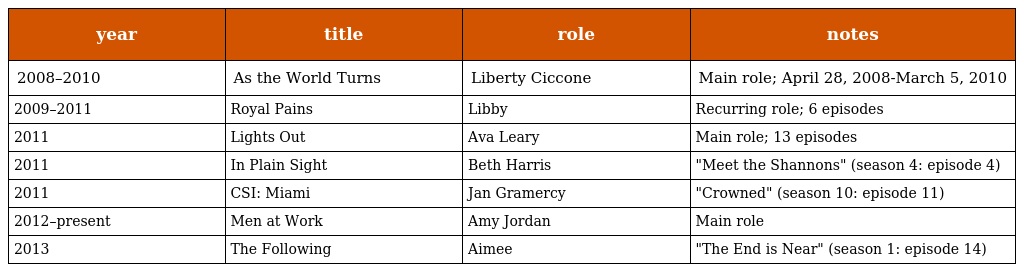
| year | title | role | notes |
 | --- | --- | --- | --- |
 | 2008–2010 | As the World Turns | Liberty Ciccone | Main role; April 28, 2008-March 5, 2010 |
 | 2009–2011 | Royal Pains | Libby | Recurring role; 6 episodes |
 | 2011 | Lights Out | Ava Leary | Main role; 13 episodes |
 | 2011 | In Plain Sight | Beth Harris | "Meet the Shannons" (season 4: episode 4) |
 | 2011 | CSI: Miami | Jan Gramercy | "Crowned" (season 10: episode 11) |
 | 2012–present | Men at Work | Amy Jordan | Main role |
 | 2013 | The Following | Aimee | "The End is Near" (season 1: episode 14) |